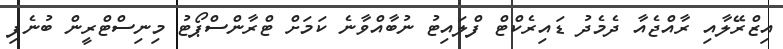
އިޒްރޭލާއި ރާއްޖެއާ ދެމެދު ޑައިރެކްޓް ފްލައިޓު ނުބާއްވާނެ ކަމަށް ޓްރާންސްޕޯޓު މިނިސްޓްރީން ބުނެފި